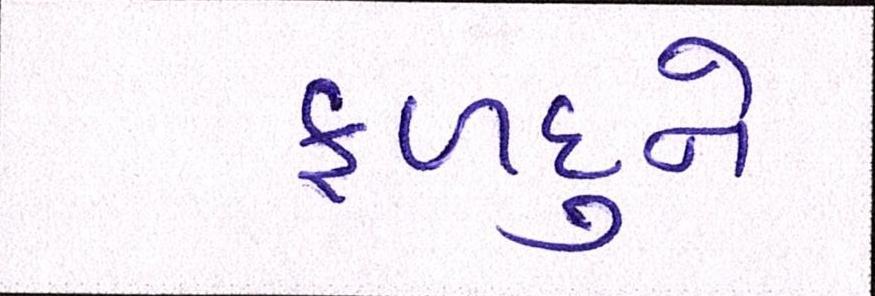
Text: ફળદુને